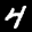
Label: 4